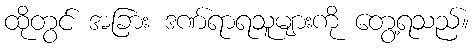
ထိုတွင် အခြား ဒဏ်ရာရသူများကို တွေ့ရသည်။